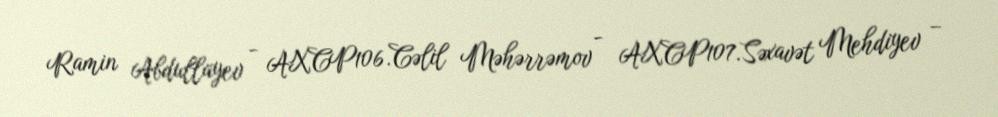
Ramin Abdullayev - AXCP106.Cəlil Məhərrəmov - AXCP107.Səxavət Mehdiyev –